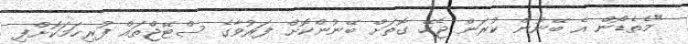
"މެތެޑޯން އެ ބޭނުން ކުރަން ޖެހޭ ގޮތަށް ބޭނުންކޮށް ފަރުވާގެ ސްޓޭޖްތައް ފުރިހަމަކޮށްފި